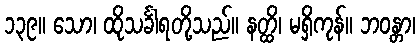
၁၃၉။ သော၊ ထိုသင်္ခါရတို့သည်။ နတ္ထိ၊ မရှိကုန်။ ဘဝန္တာ၊